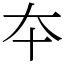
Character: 夲